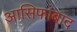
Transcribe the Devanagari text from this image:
आसिफाबाद